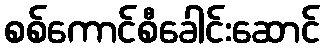
စစ်ကောင်စီခေါင်းဆောင်